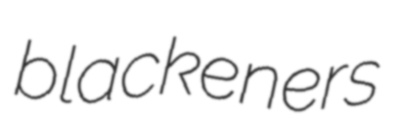
blackeners